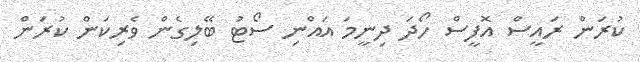
ކުރަން ރައީސް އޮފީސް ހޯދަ ދިނީމަ އައްނި ސޯޓު ބޭލިގެން ވެރިކަން ކުރަން